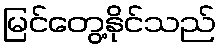
မြင်တွေ့နိုင်သည်